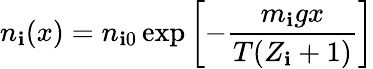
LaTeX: n_{\mathbf{i}}(x)=n_{\mathbf{i}0}\exp\left[-{\frac{{m_{\mathbf{i}}gx}}{{T(Z_{\mathbf{i}}+1)}}}\right]